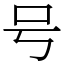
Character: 号